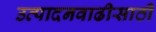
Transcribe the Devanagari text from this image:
उत्पादनवाढीसाठी